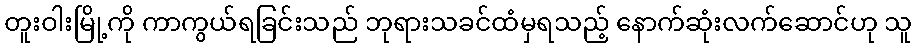
တူးဝါးမြို့ကို ကာကွယ်ရခြင်းသည် ဘုရားသခင်ထံမှရသည့် နောက်ဆုံးလက်ဆောင်ဟု သူ